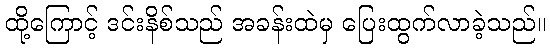
ထို့ကြောင့် ဒင်းနိစ်သည် အခန်းထဲမှ ပြေးထွက်လာခဲ့သည်။